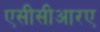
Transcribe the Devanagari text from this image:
एसीसीआरए